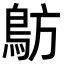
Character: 䲱